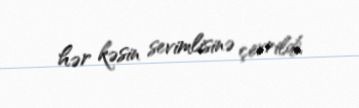
hər kəsin sevimlisinə çevrildi.